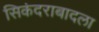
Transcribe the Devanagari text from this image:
सिकंदराबादला